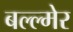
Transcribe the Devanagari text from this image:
बल्ल्मेर